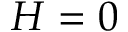
H = 0